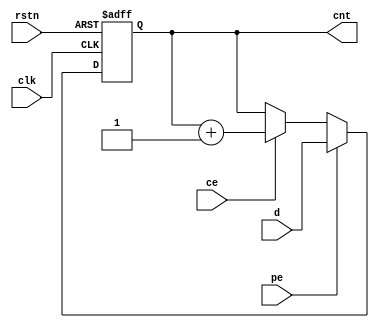
`timescale 1ns / 1ps
//////////////////////////////////////////////////////////////////////////////////
// Company:
// Engineer:
//
// Design Name:
// Module Name: CNT_16
// Project Name:
// Target Devices:
// Tool Versions:
// Description:
//
// Dependencies:
//
// Revision:
// Revision 0.01 - File Created
// Additional Comments:
//
//////////////////////////////////////////////////////////////////////////////////

module CNT_16 (input clk,
               rstn,
               pe,
               ce,
               input [15:0] d,
               output reg [15:0] cnt);
    always @(posedge clk or negedge rstn) begin
        if (!rstn)  cnt   <= 0;
        else if (pe)  cnt <= d;
        else if (ce)  cnt <= cnt + 1;
    end
endmodule